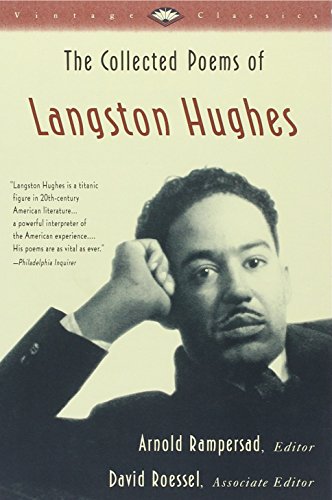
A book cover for The Collected Poems of Langston Hughes (Vintage Classics); Langston Hughes; Literature & Fiction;